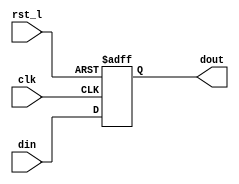
module rvdff (
	din,
	clk,
	rst_l,
	dout
);
	parameter WIDTH = 1;
	parameter SHORT = 0;
	input wire [WIDTH - 1:0] din;
	input wire clk;
	input wire rst_l;
	output reg [WIDTH - 1:0] dout;
	generate
		if (SHORT == 1) begin
			wire [WIDTH:1] sv2v_tmp_70387;
			assign sv2v_tmp_70387 = din;
			always @(*) dout = sv2v_tmp_70387;
		end
		else always @(posedge clk or negedge rst_l)
			if (rst_l == 0)
				dout[WIDTH - 1:0] <= {WIDTH{1'b0}};
			else
				dout[WIDTH - 1:0] <= din[WIDTH - 1:0];
	endgenerate
endmodule
module rvdffs (
	din,
	en,
	clk,
	rst_l,
	dout
);
	parameter WIDTH = 1;
	parameter SHORT = 0;
	input wire [WIDTH - 1:0] din;
	input wire en;
	input wire clk;
	input wire rst_l;
	output wire [WIDTH - 1:0] dout;
	generate
		if (SHORT == 1) begin : genblock
			assign dout = din;
		end
		else begin : genblock
			rvdff #(WIDTH) dffs(
				.din((en ? din[WIDTH - 1:0] : dout[WIDTH - 1:0])),
				.clk(clk),
				.rst_l(rst_l),
				.dout(dout)
			);
		end
	endgenerate
endmodule
module rvdffsc (
	din,
	en,
	clear,
	clk,
	rst_l,
	dout
);
	parameter WIDTH = 1;
	parameter SHORT = 0;
	input wire [WIDTH - 1:0] din;
	input wire en;
	input wire clear;
	input wire clk;
	input wire rst_l;
	output wire [WIDTH - 1:0] dout;
	wire [WIDTH - 1:0] din_new;
	generate
		if (SHORT == 1) begin
			assign dout = din;
		end
		else begin
			assign din_new = {WIDTH {~clear}} & (en ? din[WIDTH - 1:0] : dout[WIDTH - 1:0]);
			rvdff #(WIDTH) dffsc(
				.din(din_new[WIDTH - 1:0]),
				.clk(clk),
				.rst_l(rst_l),
				.dout(dout)
			);
		end
	endgenerate
endmodule
module rvdff_fpga (
	din,
	clk,
	clken,
	rawclk,
	rst_l,
	dout
);
	parameter WIDTH = 1;
	parameter SHORT = 0;
	input wire [WIDTH - 1:0] din;
	input wire clk;
	input wire clken;
	input wire rawclk;
	input wire rst_l;
	output wire [WIDTH - 1:0] dout;
	generate
		if (SHORT == 1) begin
			assign dout = din;
		end
		else rvdffs #(WIDTH) dffs(
			.clk(rawclk),
			.en(clken),
			.din(din),
			.rst_l(rst_l),
			.dout(dout)
		);
	endgenerate
endmodule
module rvdffs_fpga (
	din,
	en,
	clk,
	clken,
	rawclk,
	rst_l,
	dout
);
	parameter WIDTH = 1;
	parameter SHORT = 0;
	input wire [WIDTH - 1:0] din;
	input wire en;
	input wire clk;
	input wire clken;
	input wire rawclk;
	input wire rst_l;
	output wire [WIDTH - 1:0] dout;
	generate
		if (SHORT == 1) begin : genblock
			assign dout = din;
		end
		else begin : genblock
			rvdffs #(WIDTH) dffs(
				.clk(rawclk),
				.en(clken & en),
				.din(din),
				.rst_l(rst_l),
				.dout(dout)
			);
		end
	endgenerate
endmodule
module rvdffsc_fpga (
	din,
	en,
	clear,
	clk,
	clken,
	rawclk,
	rst_l,
	dout
);
	parameter WIDTH = 1;
	parameter SHORT = 0;
	input wire [WIDTH - 1:0] din;
	input wire en;
	input wire clear;
	input wire clk;
	input wire clken;
	input wire rawclk;
	input wire rst_l;
	output wire [WIDTH - 1:0] dout;
	wire [WIDTH - 1:0] din_new;
	generate
		if (SHORT == 1) begin
			assign dout = din;
		end
		else rvdffs #(WIDTH) dffs(
			.clk(rawclk),
			.din(din[WIDTH - 1:0] & {WIDTH {~clear}}),
			.en((en | clear) & clken),
			.rst_l(rst_l),
			.dout(dout)
		);
	endgenerate
endmodule
module rvdffe (
	din,
	en,
	clk,
	rst_l,
	scan_mode,
	dout
);
	parameter WIDTH = 1;
	parameter SHORT = 0;
	parameter OVERRIDE = 0;
	input wire [WIDTH - 1:0] din;
	input wire en;
	input wire clk;
	input wire rst_l;
	input wire scan_mode;
	output wire [WIDTH - 1:0] dout;
	wire l1clk;
	generate
		if (SHORT == 1) begin
				assign dout = din;
		end
		else begin
			if ((WIDTH >= 8) || (OVERRIDE == 1)) begin
				rvdffs #(WIDTH) dff(
					.din(din),
					.en(en),
					.clk(clk),
					.rst_l(rst_l),
					.dout(dout)
				);
			end
		end
	endgenerate
endmodule
module rvdffpcie (
	din,
	clk,
	rst_l,
	en,
	scan_mode,
	dout
);
	parameter WIDTH = 31;
	input wire [WIDTH - 1:0] din;
	input wire clk;
	input wire rst_l;
	input wire en;
	input wire scan_mode;
	output wire [WIDTH - 1:0] dout;
	generate
		if (WIDTH == 31) begin : genblock
			rvdffs #(WIDTH) dff(
				.din(din),
				.en(en),
				.clk(clk),
				.rst_l(rst_l),
				.dout(dout)
			);
		end
	endgenerate
endmodule
module rvdfflie (
	din,
	clk,
	rst_l,
	en,
	scan_mode,
	dout
);
	parameter WIDTH = 16;
	parameter LEFT = 8;
	input wire [WIDTH - 1:0] din;
	input wire clk;
	input wire rst_l;
	input wire en;
	input wire scan_mode;
	output wire [WIDTH - 1:0] dout;
	localparam EXTRA = WIDTH - LEFT;
	localparam LMSB = WIDTH - 1;
	localparam LLSB = (LMSB - LEFT) + 1;
	localparam XMSB = LLSB - 1;
	localparam XLSB = LLSB - EXTRA;
	generate
		if (((WIDTH >= 16) && (LEFT >= 8)) && (EXTRA >= 8)) begin : genblock
			rvdffs #(WIDTH) dff(
				.din(din),
				.en(en),
				.clk(clk),
				.rst_l(rst_l),
				.dout(dout)
			);
		end
	endgenerate
endmodule
module rvdffppe (
	din,
	clk,
	rst_l,
	en,
	scan_mode,
	dout
);
	parameter WIDTH = 32;
	input wire [WIDTH - 1:0] din;
	input wire clk;
	input wire rst_l;
	input wire en;
	input wire scan_mode;
	output wire [WIDTH - 1:0] dout;
	localparam RIGHT = 31;
	localparam LEFT = WIDTH - RIGHT;
	localparam LMSB = WIDTH - 1;
	localparam LLSB = (LMSB - LEFT) + 1;
	localparam RMSB = LLSB - 1;
	localparam RLSB = LLSB - RIGHT;
	generate
		if (((WIDTH >= 32) && (LEFT >= 8)) && 1'd1) begin : genblock
			rvdffs #(WIDTH) dff(
				.din(din),
				.en(en),
				.clk(clk),
				.rst_l(rst_l),
				.dout(dout)
			);
		end
	endgenerate
endmodule
module rvdffie (
	din,
	clk,
	rst_l,
	scan_mode,
	dout
);
	parameter WIDTH = 1;
	parameter OVERRIDE = 0;
	input wire [WIDTH - 1:0] din;
	input wire clk;
	input wire rst_l;
	input wire scan_mode;
	output wire [WIDTH - 1:0] dout;
	wire l1clk;
	wire en;
	generate
		if ((WIDTH >= 8) || (OVERRIDE == 1)) begin : genblock
			assign en = |(din ^ dout);
			rvdffs #(WIDTH) dff(
				.din(din),
				.en(en),
				.clk(clk),
				.rst_l(rst_l),
				.dout(dout)
			);
		end
	endgenerate
endmodule
module rvdffiee (
	din,
	clk,
	rst_l,
	scan_mode,
	en,
	dout
);
	parameter WIDTH = 1;
	parameter OVERRIDE = 0;
	input wire [WIDTH - 1:0] din;
	input wire clk;
	input wire rst_l;
	input wire scan_mode;
	input wire en;
	output wire [WIDTH - 1:0] dout;
	wire l1clk;
	wire final_en;
	generate
		if ((WIDTH >= 8) || (OVERRIDE == 1)) begin : genblock
			assign final_en = |(din ^ dout) & en;
			rvdffs #(WIDTH) dff(
				.din(din),
				.clk(clk),
				.rst_l(rst_l),
				.dout(dout),
				.en(final_en)
			);
		end
	endgenerate
endmodule
module rvsyncss (
	clk,
	rst_l,
	din,
	dout
);
	parameter WIDTH = 251;
	input wire clk;
	input wire rst_l;
	input wire [WIDTH - 1:0] din;
	output wire [WIDTH - 1:0] dout;
	wire [WIDTH - 1:0] din_ff1;
	rvdff #(WIDTH) sync_ff1(
		.clk(clk),
		.rst_l(rst_l),
		.din(din[WIDTH - 1:0]),
		.dout(din_ff1[WIDTH - 1:0])
	);
	rvdff #(WIDTH) sync_ff2(
		.clk(clk),
		.rst_l(rst_l),
		.din(din_ff1[WIDTH - 1:0]),
		.dout(dout[WIDTH - 1:0])
	);
endmodule
module rvsyncss_fpga (
	gw_clk,
	rawclk,
	clken,
	rst_l,
	din,
	dout
);
	parameter WIDTH = 251;
	input wire gw_clk;
	input wire rawclk;
	input wire clken;
	input wire rst_l;
	input wire [WIDTH - 1:0] din;
	output wire [WIDTH - 1:0] dout;
	wire [WIDTH - 1:0] din_ff1;
	rvdff_fpga #(WIDTH) sync_ff1(
		.rst_l(rst_l),
		.clk(gw_clk),
		.rawclk(rawclk),
		.clken(clken),
		.din(din[WIDTH - 1:0]),
		.dout(din_ff1[WIDTH - 1:0])
	);
	rvdff_fpga #(WIDTH) sync_ff2(
		.rst_l(rst_l),
		.clk(gw_clk),
		.rawclk(rawclk),
		.clken(clken),
		.din(din_ff1[WIDTH - 1:0]),
		.dout(dout[WIDTH - 1:0])
	);
endmodule
module rvlsadder (
	rs1,
	offset,
	dout
);
	input wire [31:0] rs1;
	input wire [11:0] offset;
	output wire [31:0] dout;
	wire cout;
	wire sign;
	wire [31:12] rs1_inc;
	wire [31:12] rs1_dec;
	assign {cout, dout[11:0]} = {1'b0, rs1[11:0]} + {1'b0, offset[11:0]};
	assign rs1_inc[31:12] = rs1[31:12] + 1;
	assign rs1_dec[31:12] = rs1[31:12] - 1;
	assign sign = offset[11];
	assign dout[31:12] = (({20 {sign ~^ cout}} & rs1[31:12]) | ({20 {~sign & cout}} & rs1_inc[31:12])) | ({20 {sign & ~cout}} & rs1_dec[31:12]);
endmodule
module rvbradder (
	pc,
	offset,
	dout
);
	input [31:1] pc;
	input [12:1] offset;
	output [31:1] dout;
	wire cout;
	wire sign;
	wire [31:13] pc_inc;
	wire [31:13] pc_dec;
	assign {cout, dout[12:1]} = {1'b0, pc[12:1]} + {1'b0, offset[12:1]};
	assign pc_inc[31:13] = pc[31:13] + 1;
	assign pc_dec[31:13] = pc[31:13] - 1;
	assign sign = offset[12];
	assign dout[31:13] = (({19 {sign ~^ cout}} & pc[31:13]) | ({19 {~sign & cout}} & pc_inc[31:13])) | ({19 {sign & ~cout}} & pc_dec[31:13]);
endmodule
module rvtwoscomp (
	din,
	dout
);
	parameter WIDTH = 32;
	input wire [WIDTH - 1:0] din;
	output wire [WIDTH - 1:0] dout;
	wire [WIDTH - 1:1] dout_temp;
	genvar i;
	generate
		for (i = 1; i < WIDTH; i = i + 1) begin : flip_after_first_one
			assign dout_temp[i] = (|din[i - 1:0] ? ~din[i] : din[i]);
		end
	endgenerate
	assign dout[WIDTH - 1:0] = {dout_temp[WIDTH - 1:1], din[0]};
endmodule
module rvfindfirst1 (
	din,
	dout
);
	parameter WIDTH = 32;
	parameter SHIFT = $clog2(WIDTH);
	input wire [WIDTH - 1:0] din;
	output reg [SHIFT - 1:0] dout;
	reg done;
	always @(*) begin
		dout[SHIFT - 1:0] = {SHIFT {1'b0}};
		done = 1'b0;
		begin : sv2v_autoblock_2
			reg signed [31:0] i;
			for (i = WIDTH - 1; i > 0; i = i - 1)
				begin : find_first_one
					done = done | din[i];
					dout[SHIFT - 1:0] = dout[SHIFT - 1:0] + (done ? 1'b0 : 1'b1);
				end
		end
	end
endmodule
module rvfindfirst1hot (
	din,
	dout
);
	parameter WIDTH = 32;
	input wire [WIDTH - 1:0] din;
	output reg [WIDTH - 1:0] dout;
	reg done;
	always @(*) begin
		dout[WIDTH - 1:0] = {WIDTH {1'b0}};
		done = 1'b0;
		begin : sv2v_autoblock_3
			reg signed [31:0] i;
			for (i = 0; i < WIDTH; i = i + 1)
				begin : find_first_one
					dout[i] = ~done & din[i];
					done = done | din[i];
				end
		end
	end
endmodule
module rvmaskandmatch (
	mask,
	data,
	masken,
	match
);
	parameter WIDTH = 32;
	input wire [WIDTH - 1:0] mask;
	input wire [WIDTH - 1:0] data;
	input wire masken;
	output wire match;
	wire [WIDTH - 1:0] matchvec;
	wire masken_or_fullmask;
	assign masken_or_fullmask = masken & ~(&mask[WIDTH - 1:0]);
	assign matchvec[0] = masken_or_fullmask | (mask[0] == data[0]);
	genvar i;
	generate
		for (i = 1; i < WIDTH; i = i + 1) begin : match_after_first_zero
			assign matchvec[i] = (&mask[i - 1:0] & masken_or_fullmask ? 1'b1 : mask[i] == data[i]);
		end
	endgenerate
	assign match = &matchvec[WIDTH - 1:0];
endmodule
module rvrangecheck (
	addr,
	in_range,
	in_region
);
	parameter CCM_SADR = 32'h00000000;
	parameter CCM_SIZE = 128;
	input wire [31:0] addr;
	output wire in_range;
	output wire in_region;
	localparam REGION_BITS = 4;
	localparam MASK_BITS = 10 + $clog2(CCM_SIZE);
	wire [31:0] start_addr;
	wire [3:0] region;
	assign start_addr[31:0] = CCM_SADR;
	assign region[3:0] = start_addr[31:28];
	assign in_region = addr[31:28] == region[3:0];
	generate
		if (CCM_SIZE == 48) begin
			assign in_range = (addr[31:MASK_BITS] == start_addr[31:MASK_BITS]) & ~(&addr[MASK_BITS - 1:MASK_BITS - 2]);
		end
		else assign in_range = addr[31:MASK_BITS] == start_addr[31:MASK_BITS];
	endgenerate
endmodule
module rveven_paritygen (
	data_in,
	parity_out
);
	parameter WIDTH = 16;
	input wire [WIDTH - 1:0] data_in;
	output wire parity_out;
	assign parity_out = ^data_in[WIDTH - 1:0];
endmodule
module rveven_paritycheck (
	data_in,
	parity_in,
	parity_err
);
	parameter WIDTH = 16;
	input wire [WIDTH - 1:0] data_in;
	input wire parity_in;
	output wire parity_err;
	assign parity_err = ^data_in[WIDTH - 1:0] ^ parity_in;
endmodule
module rvecc_encode (
	din,
	ecc_out
);
	input [31:0] din;
	output [6:0] ecc_out;
	wire [5:0] ecc_out_temp;
	assign ecc_out_temp[0] = ((((((((((((((((din[0] ^ din[1]) ^ din[3]) ^ din[4]) ^ din[6]) ^ din[8]) ^ din[10]) ^ din[11]) ^ din[13]) ^ din[15]) ^ din[17]) ^ din[19]) ^ din[21]) ^ din[23]) ^ din[25]) ^ din[26]) ^ din[28]) ^ din[30];
	assign ecc_out_temp[1] = ((((((((((((((((din[0] ^ din[2]) ^ din[3]) ^ din[5]) ^ din[6]) ^ din[9]) ^ din[10]) ^ din[12]) ^ din[13]) ^ din[16]) ^ din[17]) ^ din[20]) ^ din[21]) ^ din[24]) ^ din[25]) ^ din[27]) ^ din[28]) ^ din[31];
	assign ecc_out_temp[2] = ((((((((((((((((din[1] ^ din[2]) ^ din[3]) ^ din[7]) ^ din[8]) ^ din[9]) ^ din[10]) ^ din[14]) ^ din[15]) ^ din[16]) ^ din[17]) ^ din[22]) ^ din[23]) ^ din[24]) ^ din[25]) ^ din[29]) ^ din[30]) ^ din[31];
	assign ecc_out_temp[3] = (((((((((((((din[4] ^ din[5]) ^ din[6]) ^ din[7]) ^ din[8]) ^ din[9]) ^ din[10]) ^ din[18]) ^ din[19]) ^ din[20]) ^ din[21]) ^ din[22]) ^ din[23]) ^ din[24]) ^ din[25];
	assign ecc_out_temp[4] = (((((((((((((din[11] ^ din[12]) ^ din[13]) ^ din[14]) ^ din[15]) ^ din[16]) ^ din[17]) ^ din[18]) ^ din[19]) ^ din[20]) ^ din[21]) ^ din[22]) ^ din[23]) ^ din[24]) ^ din[25];
	assign ecc_out_temp[5] = ((((din[26] ^ din[27]) ^ din[28]) ^ din[29]) ^ din[30]) ^ din[31];
	assign ecc_out[6:0] = {^din[31:0] ^ ^ecc_out_temp[5:0], ecc_out_temp[5:0]};
endmodule
module rvecc_decode (
	en,
	din,
	ecc_in,
	sed_ded,
	dout,
	ecc_out,
	single_ecc_error,
	double_ecc_error
);
	input en;
	input [31:0] din;
	input [6:0] ecc_in;
	input sed_ded;
	output [31:0] dout;
	output [6:0] ecc_out;
	output single_ecc_error;
	output double_ecc_error;
	wire [6:0] ecc_check;
	wire [38:0] error_mask;
	wire [38:0] din_plus_parity;
	wire [38:0] dout_plus_parity;
	assign ecc_check[0] = (((((((((((((((((ecc_in[0] ^ din[0]) ^ din[1]) ^ din[3]) ^ din[4]) ^ din[6]) ^ din[8]) ^ din[10]) ^ din[11]) ^ din[13]) ^ din[15]) ^ din[17]) ^ din[19]) ^ din[21]) ^ din[23]) ^ din[25]) ^ din[26]) ^ din[28]) ^ din[30];
	assign ecc_check[1] = (((((((((((((((((ecc_in[1] ^ din[0]) ^ din[2]) ^ din[3]) ^ din[5]) ^ din[6]) ^ din[9]) ^ din[10]) ^ din[12]) ^ din[13]) ^ din[16]) ^ din[17]) ^ din[20]) ^ din[21]) ^ din[24]) ^ din[25]) ^ din[27]) ^ din[28]) ^ din[31];
	assign ecc_check[2] = (((((((((((((((((ecc_in[2] ^ din[1]) ^ din[2]) ^ din[3]) ^ din[7]) ^ din[8]) ^ din[9]) ^ din[10]) ^ din[14]) ^ din[15]) ^ din[16]) ^ din[17]) ^ din[22]) ^ din[23]) ^ din[24]) ^ din[25]) ^ din[29]) ^ din[30]) ^ din[31];
	assign ecc_check[3] = ((((((((((((((ecc_in[3] ^ din[4]) ^ din[5]) ^ din[6]) ^ din[7]) ^ din[8]) ^ din[9]) ^ din[10]) ^ din[18]) ^ din[19]) ^ din[20]) ^ din[21]) ^ din[22]) ^ din[23]) ^ din[24]) ^ din[25];
	assign ecc_check[4] = ((((((((((((((ecc_in[4] ^ din[11]) ^ din[12]) ^ din[13]) ^ din[14]) ^ din[15]) ^ din[16]) ^ din[17]) ^ din[18]) ^ din[19]) ^ din[20]) ^ din[21]) ^ din[22]) ^ din[23]) ^ din[24]) ^ din[25];
	assign ecc_check[5] = (((((ecc_in[5] ^ din[26]) ^ din[27]) ^ din[28]) ^ din[29]) ^ din[30]) ^ din[31];
	assign ecc_check[6] = (^din[31:0] ^ ^ecc_in[6:0]) & ~sed_ded;
	assign single_ecc_error = (en & (ecc_check[6:0] != 0)) & ecc_check[6];
	assign double_ecc_error = (en & (ecc_check[6:0] != 0)) & ~ecc_check[6];
	generate
		genvar i;
		for (i = 1; i < 40; i = i + 1) assign error_mask[i - 1] = ecc_check[5:0] == i;
	endgenerate
	assign din_plus_parity[38:0] = {ecc_in[6], din[31:26], ecc_in[5], din[25:11], ecc_in[4], din[10:4], ecc_in[3], din[3:1], ecc_in[2], din[0], ecc_in[1:0]};
	assign dout_plus_parity[38:0] = (single_ecc_error ? error_mask[38:0] ^ din_plus_parity[38:0] : din_plus_parity[38:0]);
	assign dout[31:0] = {dout_plus_parity[37:32], dout_plus_parity[30:16], dout_plus_parity[14:8], dout_plus_parity[6:4], dout_plus_parity[2]};
	assign ecc_out[6:0] = {dout_plus_parity[38] ^ (ecc_check[6:0] == 7'b1000000), dout_plus_parity[31], dout_plus_parity[15], dout_plus_parity[7], dout_plus_parity[3], dout_plus_parity[1:0]};
endmodule
module rvecc_encode_64 (
	din,
	ecc_out
);
	input [63:0] din;
	output [6:0] ecc_out;
	assign ecc_out[0] = (((((((((((((((((((((((((((((((((din[0] ^ din[1]) ^ din[3]) ^ din[4]) ^ din[6]) ^ din[8]) ^ din[10]) ^ din[11]) ^ din[13]) ^ din[15]) ^ din[17]) ^ din[19]) ^ din[21]) ^ din[23]) ^ din[25]) ^ din[26]) ^ din[28]) ^ din[30]) ^ din[32]) ^ din[34]) ^ din[36]) ^ din[38]) ^ din[40]) ^ din[42]) ^ din[44]) ^ din[46]) ^ din[48]) ^ din[50]) ^ din[52]) ^ din[54]) ^ din[56]) ^ din[57]) ^ din[59]) ^ din[61]) ^ din[63];
	assign ecc_out[1] = (((((((((((((((((((((((((((((((((din[0] ^ din[2]) ^ din[3]) ^ din[5]) ^ din[6]) ^ din[9]) ^ din[10]) ^ din[12]) ^ din[13]) ^ din[16]) ^ din[17]) ^ din[20]) ^ din[21]) ^ din[24]) ^ din[25]) ^ din[27]) ^ din[28]) ^ din[31]) ^ din[32]) ^ din[35]) ^ din[36]) ^ din[39]) ^ din[40]) ^ din[43]) ^ din[44]) ^ din[47]) ^ din[48]) ^ din[51]) ^ din[52]) ^ din[55]) ^ din[56]) ^ din[58]) ^ din[59]) ^ din[62]) ^ din[63];
	assign ecc_out[2] = (((((((((((((((((((((((((((((((((din[1] ^ din[2]) ^ din[3]) ^ din[7]) ^ din[8]) ^ din[9]) ^ din[10]) ^ din[14]) ^ din[15]) ^ din[16]) ^ din[17]) ^ din[22]) ^ din[23]) ^ din[24]) ^ din[25]) ^ din[29]) ^ din[30]) ^ din[31]) ^ din[32]) ^ din[37]) ^ din[38]) ^ din[39]) ^ din[40]) ^ din[45]) ^ din[46]) ^ din[47]) ^ din[48]) ^ din[53]) ^ din[54]) ^ din[55]) ^ din[56]) ^ din[60]) ^ din[61]) ^ din[62]) ^ din[63];
	assign ecc_out[3] = (((((((((((((((((((((((((((((din[4] ^ din[5]) ^ din[6]) ^ din[7]) ^ din[8]) ^ din[9]) ^ din[10]) ^ din[18]) ^ din[19]) ^ din[20]) ^ din[21]) ^ din[22]) ^ din[23]) ^ din[24]) ^ din[25]) ^ din[33]) ^ din[34]) ^ din[35]) ^ din[36]) ^ din[37]) ^ din[38]) ^ din[39]) ^ din[40]) ^ din[49]) ^ din[50]) ^ din[51]) ^ din[52]) ^ din[53]) ^ din[54]) ^ din[55]) ^ din[56];
	assign ecc_out[4] = (((((((((((((((((((((((((((((din[11] ^ din[12]) ^ din[13]) ^ din[14]) ^ din[15]) ^ din[16]) ^ din[17]) ^ din[18]) ^ din[19]) ^ din[20]) ^ din[21]) ^ din[22]) ^ din[23]) ^ din[24]) ^ din[25]) ^ din[41]) ^ din[42]) ^ din[43]) ^ din[44]) ^ din[45]) ^ din[46]) ^ din[47]) ^ din[48]) ^ din[49]) ^ din[50]) ^ din[51]) ^ din[52]) ^ din[53]) ^ din[54]) ^ din[55]) ^ din[56];
	assign ecc_out[5] = (((((((((((((((((((((((((((((din[26] ^ din[27]) ^ din[28]) ^ din[29]) ^ din[30]) ^ din[31]) ^ din[32]) ^ din[33]) ^ din[34]) ^ din[35]) ^ din[36]) ^ din[37]) ^ din[38]) ^ din[39]) ^ din[40]) ^ din[41]) ^ din[42]) ^ din[43]) ^ din[44]) ^ din[45]) ^ din[46]) ^ din[47]) ^ din[48]) ^ din[49]) ^ din[50]) ^ din[51]) ^ din[52]) ^ din[53]) ^ din[54]) ^ din[55]) ^ din[56];
	assign ecc_out[6] = (((((din[57] ^ din[58]) ^ din[59]) ^ din[60]) ^ din[61]) ^ din[62]) ^ din[63];
endmodule
module rvecc_decode_64 (
	en,
	din,
	ecc_in,
	ecc_error
);
	input en;
	input [63:0] din;
	input [6:0] ecc_in;
	output ecc_error;
	wire [6:0] ecc_check;
	assign ecc_check[0] = ((((((((((((((((((((((((((((((((((ecc_in[0] ^ din[0]) ^ din[1]) ^ din[3]) ^ din[4]) ^ din[6]) ^ din[8]) ^ din[10]) ^ din[11]) ^ din[13]) ^ din[15]) ^ din[17]) ^ din[19]) ^ din[21]) ^ din[23]) ^ din[25]) ^ din[26]) ^ din[28]) ^ din[30]) ^ din[32]) ^ din[34]) ^ din[36]) ^ din[38]) ^ din[40]) ^ din[42]) ^ din[44]) ^ din[46]) ^ din[48]) ^ din[50]) ^ din[52]) ^ din[54]) ^ din[56]) ^ din[57]) ^ din[59]) ^ din[61]) ^ din[63];
	assign ecc_check[1] = ((((((((((((((((((((((((((((((((((ecc_in[1] ^ din[0]) ^ din[2]) ^ din[3]) ^ din[5]) ^ din[6]) ^ din[9]) ^ din[10]) ^ din[12]) ^ din[13]) ^ din[16]) ^ din[17]) ^ din[20]) ^ din[21]) ^ din[24]) ^ din[25]) ^ din[27]) ^ din[28]) ^ din[31]) ^ din[32]) ^ din[35]) ^ din[36]) ^ din[39]) ^ din[40]) ^ din[43]) ^ din[44]) ^ din[47]) ^ din[48]) ^ din[51]) ^ din[52]) ^ din[55]) ^ din[56]) ^ din[58]) ^ din[59]) ^ din[62]) ^ din[63];
	assign ecc_check[2] = ((((((((((((((((((((((((((((((((((ecc_in[2] ^ din[1]) ^ din[2]) ^ din[3]) ^ din[7]) ^ din[8]) ^ din[9]) ^ din[10]) ^ din[14]) ^ din[15]) ^ din[16]) ^ din[17]) ^ din[22]) ^ din[23]) ^ din[24]) ^ din[25]) ^ din[29]) ^ din[30]) ^ din[31]) ^ din[32]) ^ din[37]) ^ din[38]) ^ din[39]) ^ din[40]) ^ din[45]) ^ din[46]) ^ din[47]) ^ din[48]) ^ din[53]) ^ din[54]) ^ din[55]) ^ din[56]) ^ din[60]) ^ din[61]) ^ din[62]) ^ din[63];
	assign ecc_check[3] = ((((((((((((((((((((((((((((((ecc_in[3] ^ din[4]) ^ din[5]) ^ din[6]) ^ din[7]) ^ din[8]) ^ din[9]) ^ din[10]) ^ din[18]) ^ din[19]) ^ din[20]) ^ din[21]) ^ din[22]) ^ din[23]) ^ din[24]) ^ din[25]) ^ din[33]) ^ din[34]) ^ din[35]) ^ din[36]) ^ din[37]) ^ din[38]) ^ din[39]) ^ din[40]) ^ din[49]) ^ din[50]) ^ din[51]) ^ din[52]) ^ din[53]) ^ din[54]) ^ din[55]) ^ din[56];
	assign ecc_check[4] = ((((((((((((((((((((((((((((((ecc_in[4] ^ din[11]) ^ din[12]) ^ din[13]) ^ din[14]) ^ din[15]) ^ din[16]) ^ din[17]) ^ din[18]) ^ din[19]) ^ din[20]) ^ din[21]) ^ din[22]) ^ din[23]) ^ din[24]) ^ din[25]) ^ din[41]) ^ din[42]) ^ din[43]) ^ din[44]) ^ din[45]) ^ din[46]) ^ din[47]) ^ din[48]) ^ din[49]) ^ din[50]) ^ din[51]) ^ din[52]) ^ din[53]) ^ din[54]) ^ din[55]) ^ din[56];
	assign ecc_check[5] = ((((((((((((((((((((((((((((((ecc_in[5] ^ din[26]) ^ din[27]) ^ din[28]) ^ din[29]) ^ din[30]) ^ din[31]) ^ din[32]) ^ din[33]) ^ din[34]) ^ din[35]) ^ din[36]) ^ din[37]) ^ din[38]) ^ din[39]) ^ din[40]) ^ din[41]) ^ din[42]) ^ din[43]) ^ din[44]) ^ din[45]) ^ din[46]) ^ din[47]) ^ din[48]) ^ din[49]) ^ din[50]) ^ din[51]) ^ din[52]) ^ din[53]) ^ din[54]) ^ din[55]) ^ din[56];
	assign ecc_check[6] = ((((((ecc_in[6] ^ din[57]) ^ din[58]) ^ din[59]) ^ din[60]) ^ din[61]) ^ din[62]) ^ din[63];
	assign ecc_error = en & (ecc_check[6:0] != 0);
endmodule
module clockhdr (
	SE,
	EN,
	CK,
	Q
);
	input wire SE;
	input wire EN;
	input wire CK;
	output Q;
	reg en_ff;
	wire enable;
	assign enable = EN | SE;
	always @(CK or enable)
		if (!CK)
			en_ff = enable;
	assign Q = CK & en_ff;
endmodule
module rvoclkhdr (
	en,
	clk,
	scan_mode,
	l1clk
);
	input wire en;
	input wire clk;
	input wire scan_mode;
	output wire l1clk;
	wire SE;
	assign SE = 0;
	assign l1clk = clk;
endmodule